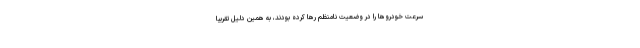
سرعت خودروها را در وضعیت نامنظم رها کرده بودند، به همین دلیل تقریبا